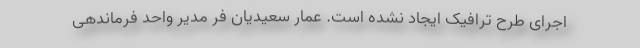
اجرای طرح ترافیک ایجاد نشده است. عمار سعیدیان فر مدیر واحد فرماندهی